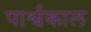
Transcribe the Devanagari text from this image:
पार्श्वकाल